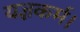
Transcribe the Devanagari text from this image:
यज्ञकर्म।